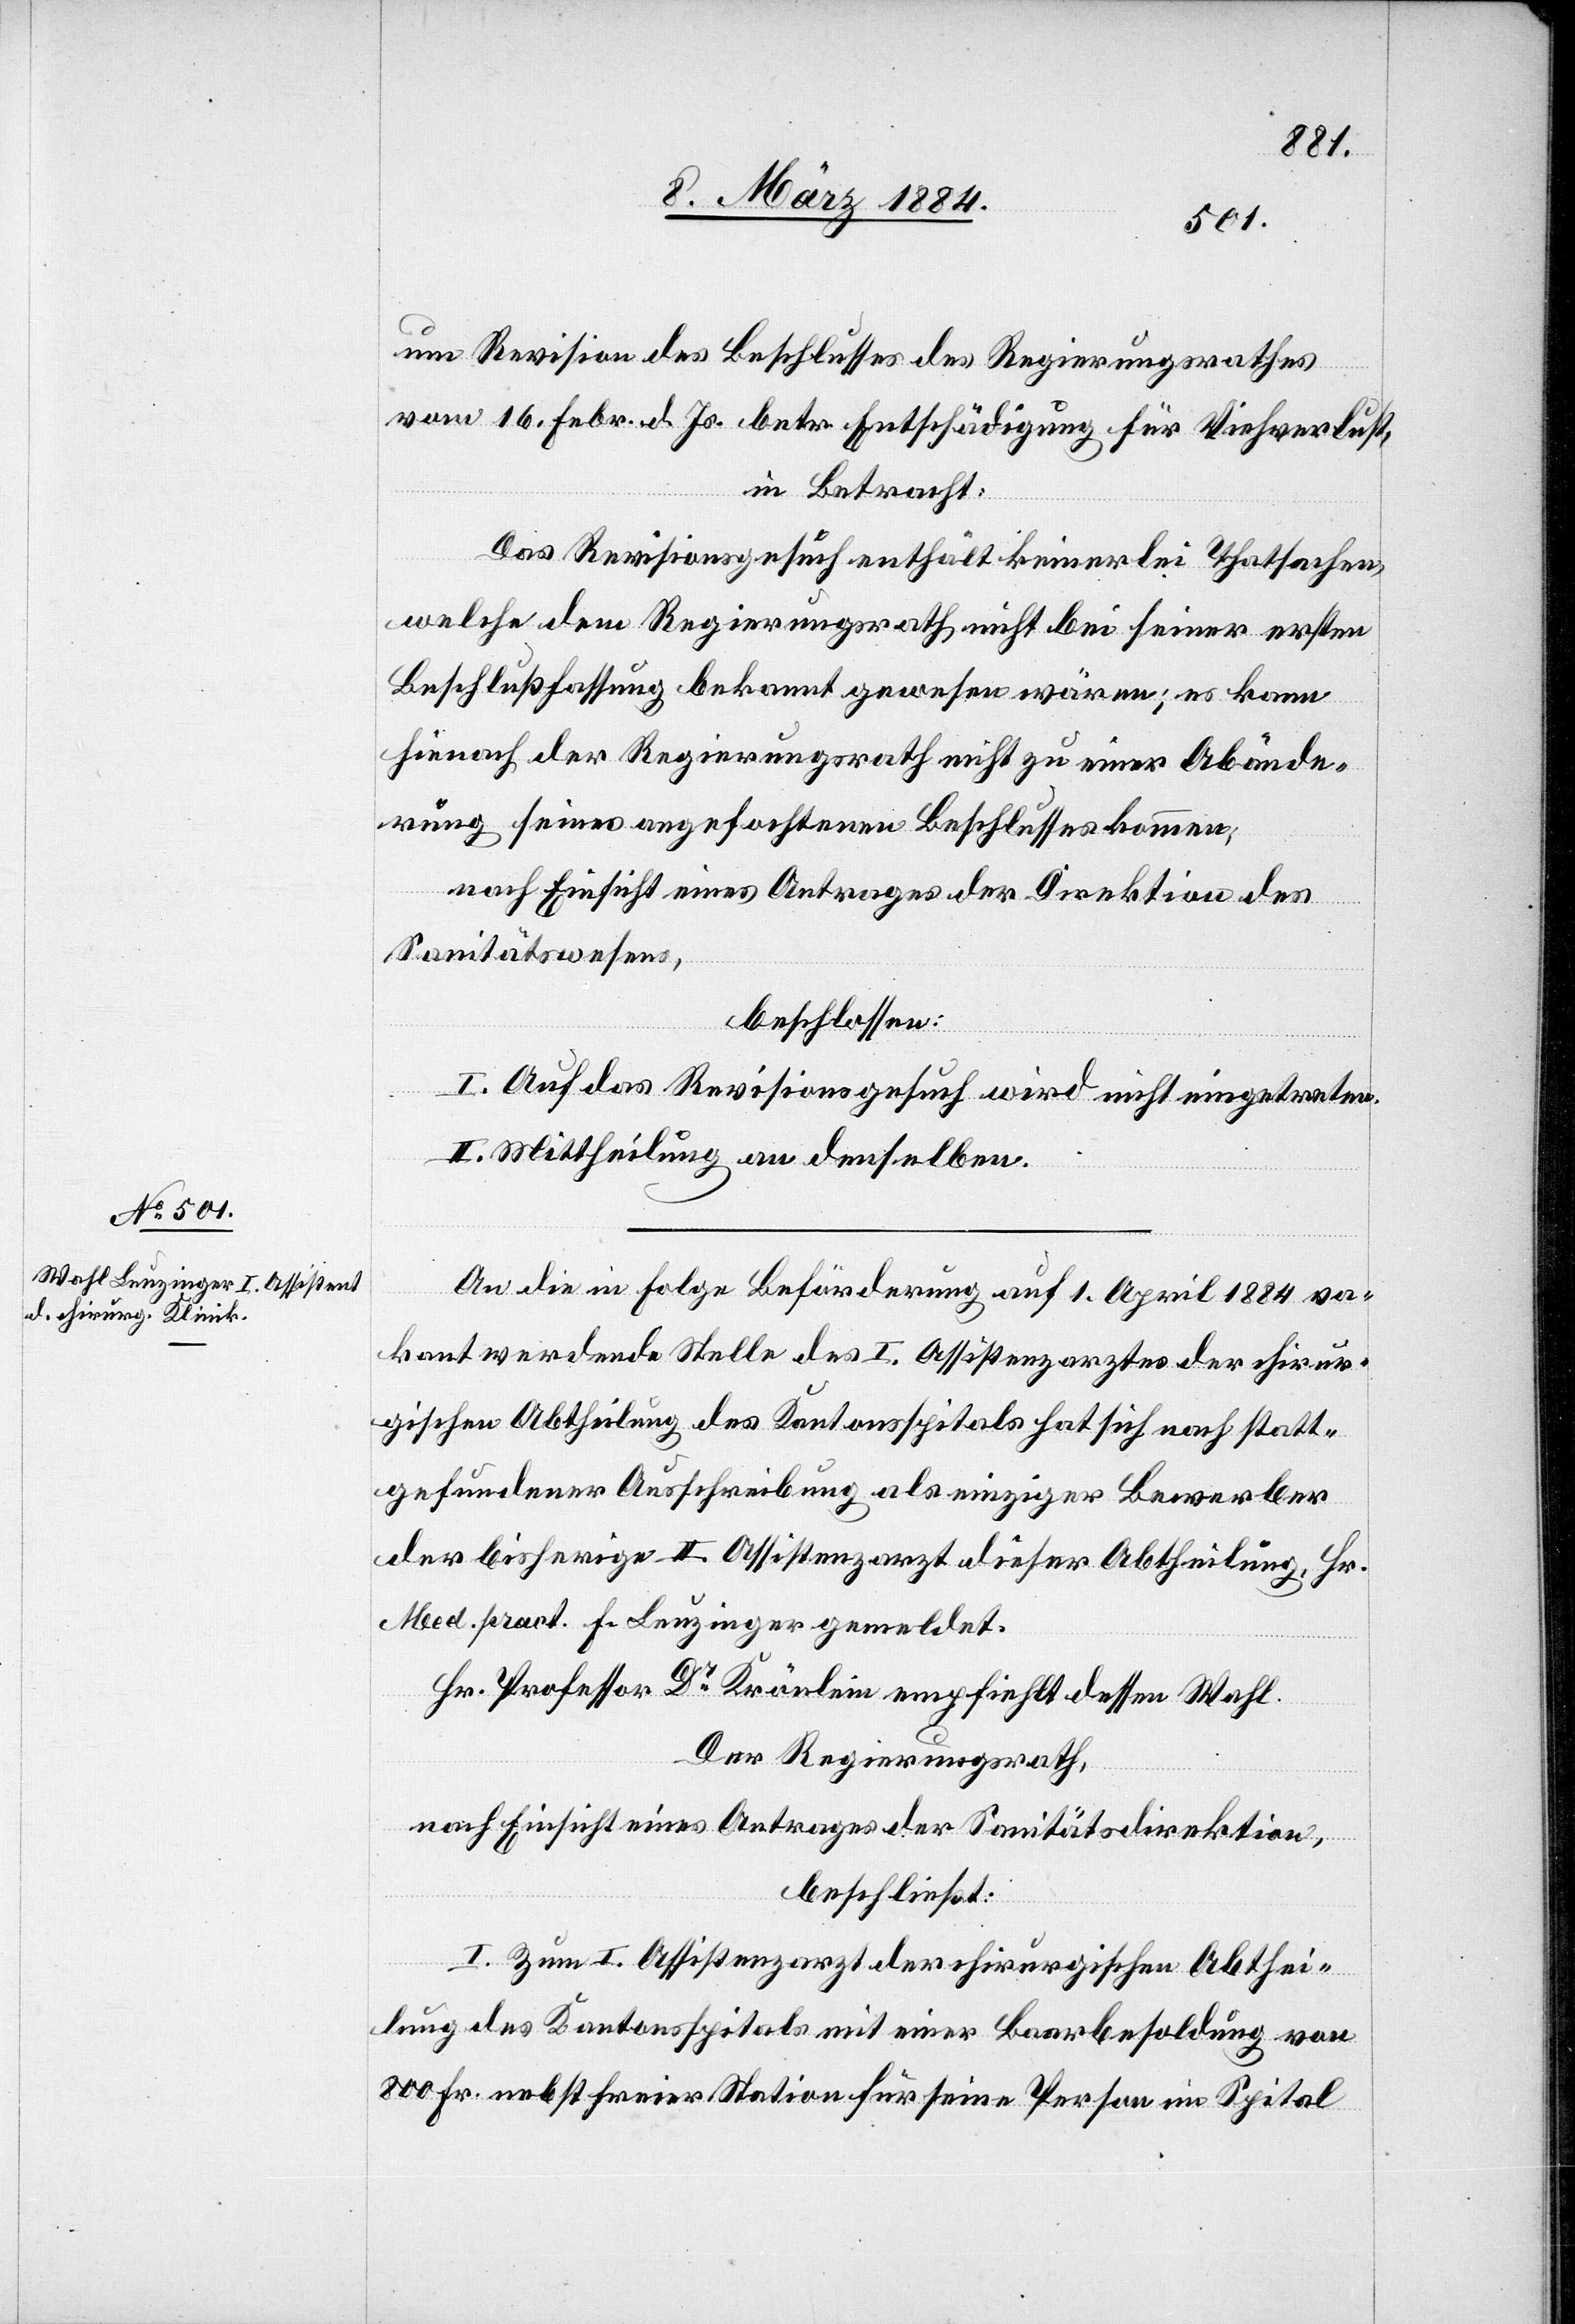
um Revision des Beschlusses des Regierungsrathes
vom 16. Febr. d. Js. betr. Entschädigung für Viehverlust,
in Betracht:
Das Revisionsgesuch enthält keinerlei Thatsachen,
welche dem Regierungsrath nicht bei seiner ersten
Beschlußfassung bekannt gewesen wären; es kann
hienach der Regierungsrath nicht zu einer Abände¬
rung seines angefochtenen Beschlusses kommen;
nach Einsicht eines Antrages der Direktion des
Sanitätswesens,
beschlossen:
I. Auf das Revisionsgesuch wird nicht eingetreten.
II. Mittheilung an denselben.
An die in Folge Beförderung auf 1. April 1884 va¬
kant werdende Stelle des I. Assistentsarztes der chirur¬
gischen Abtheilung des Kantonsspitals hat sich nach statt¬
gefundener Ausschreibung als einziger Bewerber
der bisherige II. Assistentsarzt dieser Abtheilung, Hr.
Med. pract. F. Lenzinger gemeldet.
Hr. Professor Dr Krönlein empfiehlt dessen Wahl.
Der Regierungsrath,
nach Einsicht eines Antrages der Sanitätsdirektion,
beschließt:
I. Zum I. Assistentsarzt der chirurgischen Abthei¬
lung des Kantonsspitals mit einer Baarbesoldung von
800 Fr. nebst freier Station für seine Person im Spital